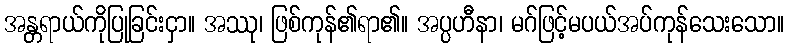
အန္တရာယ်ကိုပြုခြင်းငှာ။ အဿု၊ ဖြစ်ကုန်၏ရာ၏။ အပ္ပဟီနာ၊ မဂ်ဖြင့်မပယ်အပ်ကုန်သေးသော။